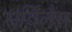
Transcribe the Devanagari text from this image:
सर्विलैंस